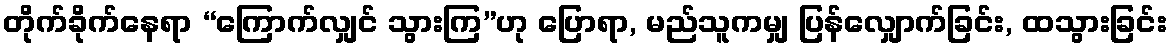
တိုက်ခိုက်နေရာ “ကြောက်လျှင် သွားကြ”ဟု ပြောရာ, မည်သူကမျှ ပြန်လျှောက်ခြင်း, ထသွားခြင်း